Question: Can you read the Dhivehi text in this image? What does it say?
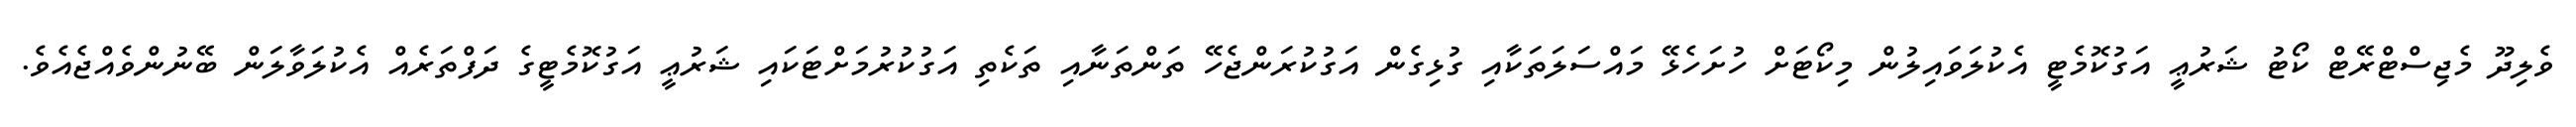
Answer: ވެލިދޫ މެޖިސްޓްރޭޓް ކޯޓު ޝަރުޢީ އަގުކޮމެޓީ އެކުލަވައިލުން މިކޯޓަށް ހުށަހެޅޭ މައްސަލަތަކާއި ގުޅިގެން އަގުކުރަންޖެހޭ ތަންތަނާއި ތަކެތި އަގުކުރުމަށްޓަކައި ޝަރުޢީ އަގުކޮމެޓީގެ ދަފްތަރެއް އެކުލަވާލަން ބޭނުންވެއްޖެއެވެ.